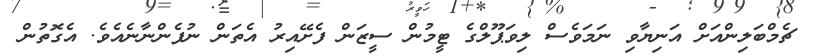
ޗެމްބަލިންއަށް އަނިޔާވި ނަމަވެސް ލިވަޕޫލްގެ ޓީމުން ސީޒަން ފެށޭއިރު އެތަން ނުފެންނާނެއެވެ. އެގޮތުން